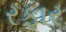
રફાર